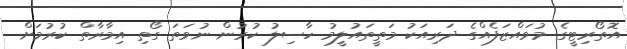
އޮތޯރިޓީގެ މުވައްޒަފެއްގެ ދަރިއަކު މަތީތައުލީމު ހާސިލު ކުރުން ނުވަތަ ގޯތި އިމާރާތް ކުރުމަށް